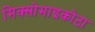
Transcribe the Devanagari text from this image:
मिक्सोमाइकोटा